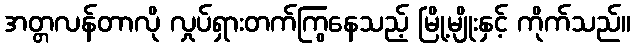
အတ္တလန်တာလို လှုပ်ရှားတက်ကြွနေသည့် မြို့မျိုးနှင့် ကိုက်သည်။